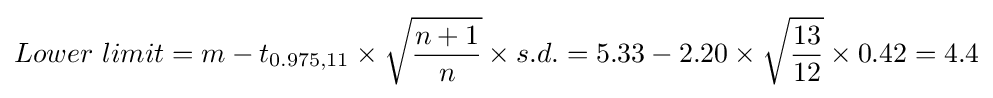
Lower~limit=m-t_{0.975,11}\times {\sqrt {\frac {n+1}{n}}}\times s.d.=5.33-2.20\times {\sqrt {\frac {13}{12}}}\times 0.42=4.4